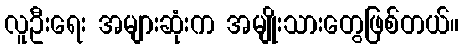
လူဦးရေး အများဆုံးက အမျိုးသားတွေဖြစ်တယ်။